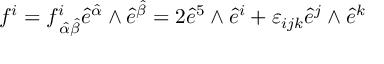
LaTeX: f ^ { i } = f _ { \, { \hat { \alpha } } { \hat { \beta } } } ^ { i } { \hat { e } } ^ { \hat { \alpha } } \wedge { \hat { e } } ^ { \hat { \beta } } = 2 { \hat { e } } ^ { 5 } \wedge { \hat { e } } ^ { i } + \varepsilon _ { i j k } { \hat { e } } ^ { j } \wedge { \hat { e } } ^ { k }